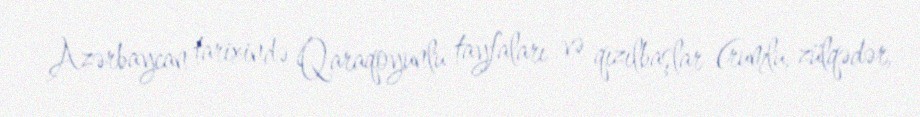
Azərbaycan tarixində Qaraqoyunlu tayfaları və qızılbaşlar (rumlu, zülqədər,